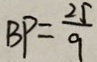
B P = \frac { 2 5 } { 9 }